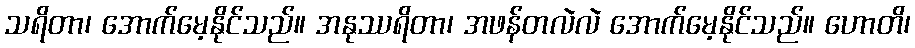
သရိတာ၊ အောက်မေ့နိုင်သည်။ အနုဿရိတာ၊ အဖန်တလဲလဲ အောက်မေ့နိုင်သည်။ ဟောတိ၊